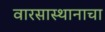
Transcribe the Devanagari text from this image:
वारसास्थानाचा